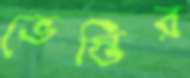
ভেস্তির